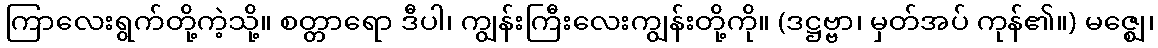
ကြာလေးရွက်တို့ကဲ့သို့။ စတ္တာရော ဒီပါ၊ ကျွန်းကြီးလေးကျွန်းတို့ကို။ (ဒဋ္ဌဗ္ဗာ၊ မှတ်အပ် ကုန်၏။) မဇ္ဈေ၊